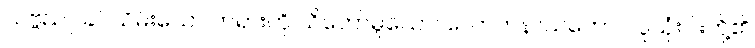
သဗ္ဗညူ၊ ခပ်သိမ်းသော တရားကို သိတော်မူသော။ လောကနာယကော၊ လူသုံးပါးတို့၏